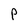
Character: P